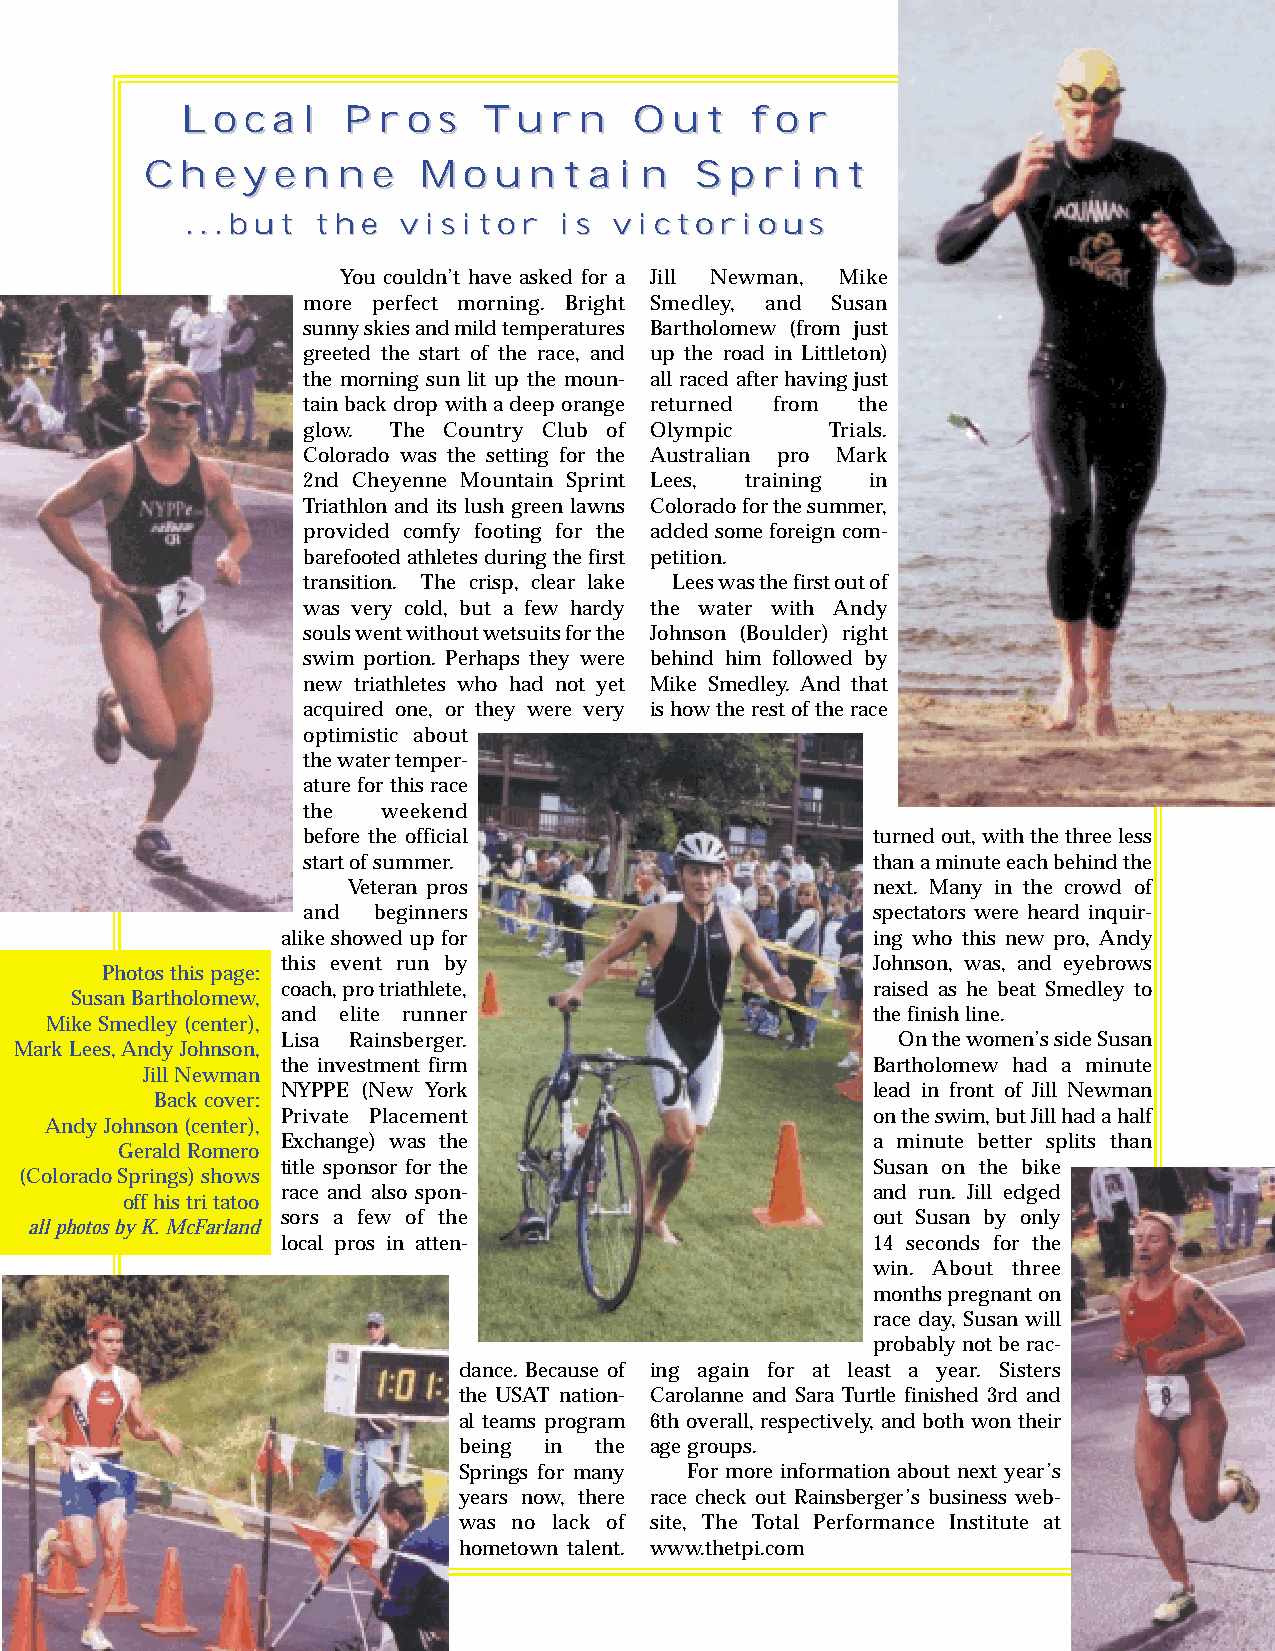
LLooccaall PPrrooss TTuurrnn  OOuutt  ffoorr
 CChheeyyeennnnee  MMoouunnttaaiinn  SSpprriinntt
 ......bbuutt tthhee vviissiittoorr iiss vviiccttoorriioouuss
 You couldn’t have asked for a Jill Newman, Mike
 more perfect morning. Bright Smedley, and Susan
 sunny skies and mild temperatures Bartholomew (from just
 greeted the start of the race, and up the road in Littleton)
 the morning sun lit up the moun- all raced after having just
 tain back drop with a deep orange returned from the
 glow. The Country Club of Olympic  Trials.
 Colorado was the setting for the Australian pro Mark
 2nd Cheyenne Mountain Sprint Lees, training in
 Triathlon and its lush green lawns Colorado for the summer,
 provided comfy footing for the added some foreign com-
 barefooted athletes during the first petition.
 transition. The crisp, clear lake Lees was the first out of
 was very cold, but a few hardy the water with Andy
 souls went without wetsuits for the Johnson (Boulder) right
 swim portion. Perhaps they were behind him followed by
 new triathletes who had not yet Mike Smedley. And that
 acquired one, or they were very is how the rest of the race
 optimistic about
 the water temper-
 ature for this race
 the  weekend
 before the official                   turned out, with the three less
 start of summer.                      than a minute each behind the
 Veteran pros                       next. Many in the crowd of
 and  beginners                        spectators were heard inquir-
 alike showed up for                    ing who this new pro, Andy
 this event run by                      Johnson, was, and eyebrows
 Photos this page:
 coach, pro triathlete,                 raised as he beat Smedley to
 Susan Bartholomew,
 and elite runner                       the finish line.
 Mike Smedley (center),
 Lisa Rainsberger.                       On the women’s side Susan
 Mark Lees, Andy Johnson,
 the investment firm                    Bartholomew had a minute
 Jill Newman
 NYPPE (New York                        lead in front of Jill Newman
 Back cover:
 Private Placement                      on the swim, but Jill had a half
 Andy Johnson (center),
 Exchange) was the                      a minute better splits than
 Gerald Romero
 title sponsor for the                  Susan on the bike
 (Colorado Springs) shows
 race and also spon-                    and run. Jill edged
 off his tri tatoo
 sors a few of the                      out Susan by only
 all photos by K. McFarland
 local pros in atten-                   14 seconds for the
 win. About three
 months pregnant on
 race day, Susan will
 probably not be rac-
 dance. Because of ing again for at least a year. Sisters
 the USAT nation- Carolanne and Sara Turtle finished 3rd and
 al teams program 6th overall, respectively, and both won their
 being in the age groups.
 Springs for many For more information about next year’s
 years now, there race check out Rainsberger’s business web-
 was no lack of site, The Total Performance Institute at
 hometown talent. www.thetpi.com